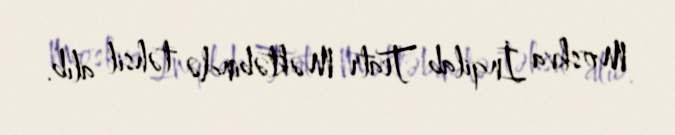
Moskva İnqilab Teatr Məktəbində təhsil alıb.